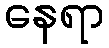
နေရာ